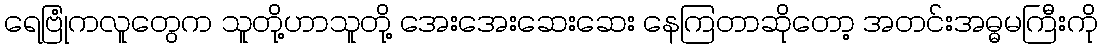
ရေဗြုံကလူတွေက သူတို့ဟာသူတို့ အေးအေးဆေးဆေး နေကြတာဆိုတော့ အတင်းအဓ္ဓမကြီးကို